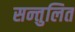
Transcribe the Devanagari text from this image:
सन्‍तुलित